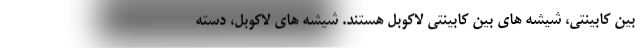
بین کابینتی، شیشه های بین کابینتی لاکوبل هستند. شیشه های لاکوبل، دسته